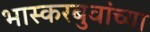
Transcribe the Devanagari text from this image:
भास्करबुवांच्या